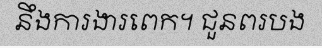
នឹងការងារពេក។ ជួនពរបង